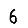
Digit: 6